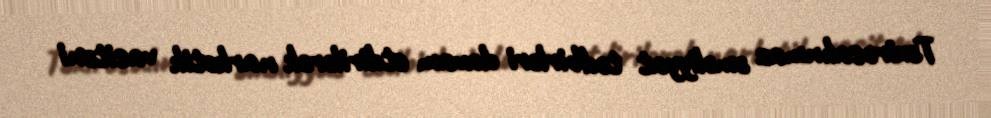
Təxirəsalınmaz əməliyyat tədbirləri davam etdirilərək narkotik vasitəni